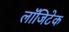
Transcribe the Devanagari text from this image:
लॉजिटेक